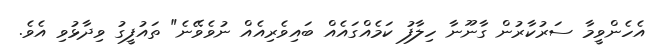
އެހެންވީމާ ސަރުކާރުން ގާނޫނާ ހިލާފު ކަމެއްގައެއް ބައިވެރިއެއް ނުވެވޭނެ" ތައުފީގު ވިދާޅުވި އެވެ.